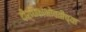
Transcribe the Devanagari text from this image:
दीर्घिकांभोवतीच्या